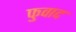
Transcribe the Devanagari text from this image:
फुवाद